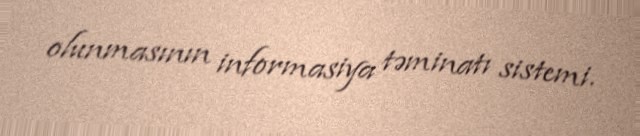
olunmasının informasiya təminatı sistemi.